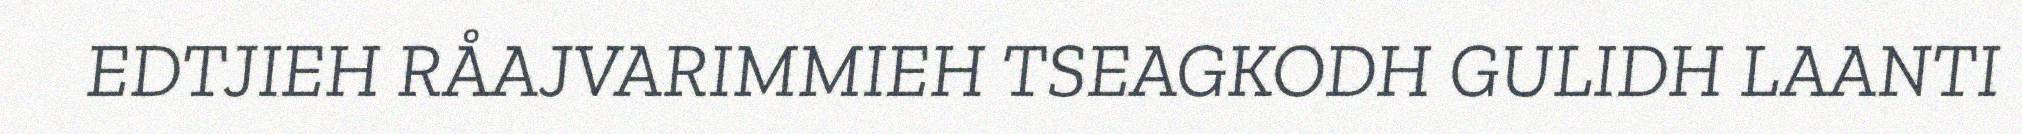
EDTJIEH RÅAJVARIMMIEH TSEAGKODH GULIDH LAANTI